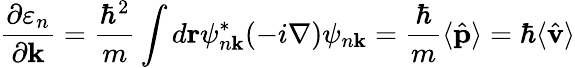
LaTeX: {\frac{\partial\varepsilon_{n}}{\partial\mathbf{k}}}={\frac{\hbar^{2}}{m}}\int d\mathbf{r}\psi_{n\mathbf{k}}^{*}(-i\nabla)\psi_{n\mathbf{k}}={\frac{\hbar}{m}}\langle{\hat{\mathbf{p}}}\rangle=\hbar\langle{\hat{\mathbf{v}}}\rangle